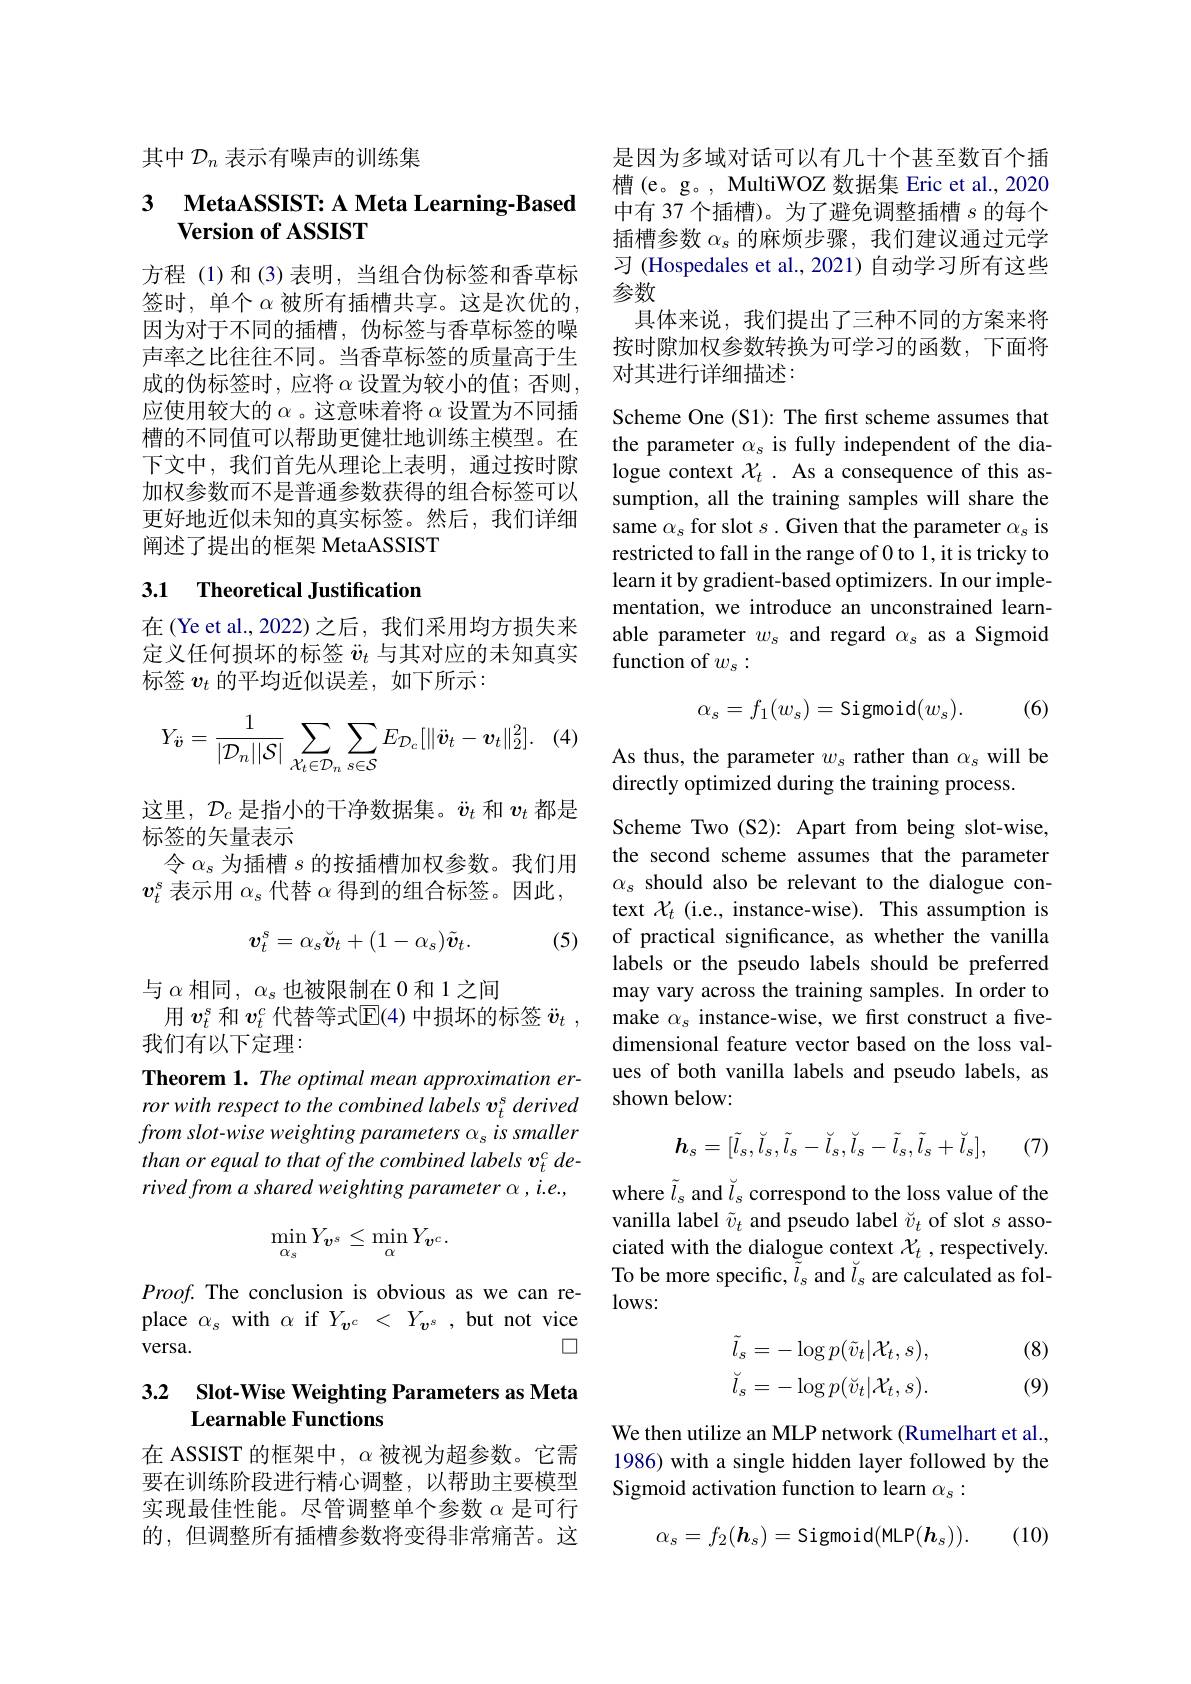
其中$\mathcal{D}_n$表示有噪声的训练集

## 3 MetaASSIST: A Meta Learning-Based Version of ASSIST

方程 (1)和 (3)表明，当组合伪标签和香草标签时，单个$\alpha$被所有插槽共享。这是次优的， 因为对于不同的插槽，伪标签与香草标签的噪声率之比往往不同。当香草标签的质量高于生成的伪标签时，应将 $\alpha$ 设置为较小的值；否则， 应使用较大的$\alpha$ 。这意味着将$\alpha$设置为不同插槽的不同值可以帮助更健壮地训练主模型。在下文中，我们首先从理论上表明，通过按时隙加权参数而不是普通参数获得的组合标签可以更好地近似未知的真实标签。然后，我们详细阐述了提出的框架 MetaASSIST

# 3.1 Theoretical Justification

在(Ye et al., 2022)之后，我们采用均方损失来定义任何损坏的标签$\ddot{v}_t$与其对应的未知真实标签$v_t$的平均近似误差，如下所示：
$$Y_{\ddot{\boldsymbol{v}}}=\frac{1}{|\mathcal{D}_{n}||\mathcal{S}|}\sum_{\mathcal{X}_{t}\in\mathcal{D}_{n}}\sum_{s\in\mathcal{S}}E_{\mathcal{D}_{c}}[\|\ddot{\boldsymbol{v}}_{t}-\boldsymbol{v}_{t}\|_{2}^{2}].$$
这里，$\mathcal{D}_c$是指小的干净数据集。$\ddot{v}_t$和$v_t$都是
标签的矢量表示
令$\alpha_s$为插槽$s$的按插槽加权参数。我们用$v_t^s$表示用$\alpha_s$代替$\alpha$得到的组合标签。因此，
$$\boldsymbol{v}_t^s=\alpha_s\breve{\boldsymbol{v}}_t+(1-\alpha_s)\tilde{\boldsymbol{v}}_t.$$
(5)

与$\alpha$相同$,\alpha_s$也被限制在0和1之间
用$v_t^s$和$v_t^c$代替等式$\overline{\mathrm{E}}(4)$中损坏的标签$\ddot{v} _t$ ,
我们有以下定理：

Theorem 1. The optimal mean approximation error with respect to the combined labels v t derived $from\textit{ slot- wise weighting parameters }\alpha _{s}is\textit{ smaller}$ than or equal to that of the combined labels v$_t^c$ derived from a shared weighting parameter $\alpha,i.e.$,
$$\min_{\alpha_s}Y_{\boldsymbol{v}^s}\leq\min_{\alpha}Y_{\boldsymbol{v}^c}.$$
$Proof.$ The conclusion is obvious as we can replace $\alpha_s$ with $\alpha$ if $Y_{v^c}<Y_{v^s}$ , but not vice
$\square$
versa.

## 3.2 Slot-Wise Weighting Parameters as Meta Learnable Functions

在 ASSIST 的框架中，$\alpha$被视为超参数。它需要在训练阶段进行精心调整，以帮助主要模型实现最佳性能。尽管调整单个参数$\alpha$是可行的，但调整所有插槽参数将变得非常痛苦。这

是因为多域对话可以有几十个甚至数百个插槽 (e。g。, MultiWOZ 数据集 Eric et al., 2020中有 37 个插槽)。为了避免调整插槽$s$的每个插槽参数$\alpha_s$的麻烦步骤，我们建议通过元学习 (Hospedales et al., 2021) 自动学习所有这些参数
具体来说，我们提出了三种不同的方案来将按时隙加权参数转换为可学习的函数，下面将对其进行详细描述：

Scheme One (S1): The first scheme assumes that the parameter $\alpha_s$ is fully independent of the dialogue context $\mathcal{X}_t.$ As a consequence of this assumption, all the training samples will share the same $\alpha_s$ for slot $s.$ Given that the parameter $\alpha_s$ is restricted to fall in the range of 0 to 1, it is tricky to learn it by gradient-based optimizers. In our implementation, we introduce an unconstrained learnable parameter $w_s$ and regard $\alpha_s$ as a Sigmoid function of $w_s:$

(6)
$$\alpha_s=f_1(w_s)=\text{Sigmoid}(w_s).$$
As thus, the parameter $w_s$ rather than $\alpha_s$ will be
directly optimized during the training process.

Scheme Two (S2): Apart from being slot-wise, the second scheme assumes that the parameter $\alpha_s$ should also be relevant to the dialogue context $\mathcal{X}_t$ (i.e., instance-wise). This assumption is of practical significance, as whether the vanilla labels or the pseudo labels should be preferred may vary across the training samples. In order to make $\alpha_s$ instance-wise, we first construct a fivedimensional feature vector based on the loss values of both vanilla labels and pseudo labels, as shown below:
$$\boldsymbol{h}_s=[\tilde{l}_s,\check{l}_s,\tilde{l}_s-\check{l}_s,\check{l}_s-\tilde{l}_s,\tilde{l}_s+\check{l}_s],$$
, (7)

where $\tilde{l}_{\mathrm{s}}$ and $\check{l}_{\mathrm{s}}$ correspond to the loss value of the vanilla label $\tilde{v}_t$ and pseudo label $\check v_t$ of slot $s$ associated with the dialogue context $\mathcal{X}_t$ ,respectively. To be more specific, $\tilde{\tilde{l}}_{s}$ and $\check{l}_{s}$ are calculated as follows:

(8)
$$\begin{aligned}\tilde{l}_{s}&=-\log p(\tilde{v}_{t}|\mathcal{X}_{t},s),\\\check{l}_{s}&=-\log p(\breve{v}_{t}|\mathcal{X}_{t},s).\end{aligned}$$
(9)

We then utilize an MLP network (Rumelhart et al., 1986) with a single hidden layer followed by the Sigmoid activation function to learn $\alpha_s:$
$$\alpha_s=f_2(\boldsymbol{h}_s)=\text{Sigmoid(MLP}(\boldsymbol{h}_s)).$$
(10)